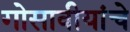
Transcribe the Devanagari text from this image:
गोसावीयांचे